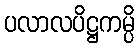
ပလာလပိဋ္ဌကမ္ပိ